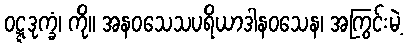
ဝဋ္ဋဒုက္ခံ၊ ကို။ အနဝသေသပရိယာဒါနဝသေန၊ အကြွင်းမဲ့